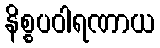
နိစ္စပဝါရဏာယ